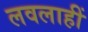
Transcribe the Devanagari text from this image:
लवलाहीं